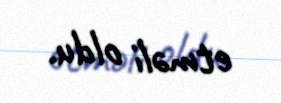
etməli oldu.